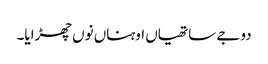
دوجے ساتھیاں اوہناں نوں چھڑایا۔